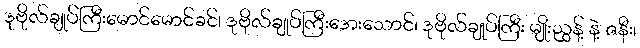
ဒုဗိုလ်ချုပ်ကြီးမောင်မောင်ခင်၊ ဒုဗိုလ်ချုပ်ကြီးအေးသောင်၊ ဒုဗိုလ်ချုပ်ကြီး မျိုးညွန့် နဲ့ ဇနီး၊